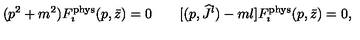
( p ^ { 2 } + m ^ { 2 } ) F _ { \imath } ^ { \mathrm { p h y s } } ( p , \bar { z } ) = 0 \qquad [ ( p , { \widehat J } { } ^ { l } ) - m l ] F _ { \imath } ^ { \mathrm { p h y s } } ( p , \bar { z } ) = 0 ,